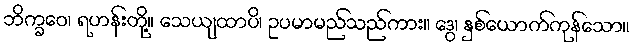
ဘိက္ခဝေ၊ ရဟန်းတို့။ သေယျထာပိ၊ ဥပမာမည်သည်ကား။ ဒွေ၊ နှစ်ယောက်ကုန်သော။